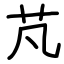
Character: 芃